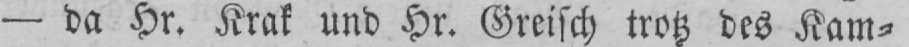
- da Hr. Krak und Hr. Greisch trotz des Kam⸗